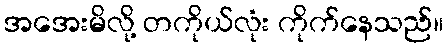
အအေးမိလို့ တကိုယ်လုံး ကိုက်နေသည်။